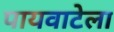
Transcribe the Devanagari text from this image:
पायवाटेला